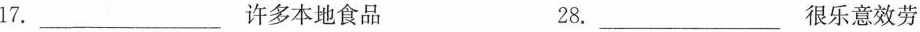
17.___许多本地食品 28.___很乐意效劳